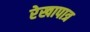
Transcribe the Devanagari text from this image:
रेखापात्र